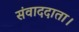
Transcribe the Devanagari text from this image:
संवाददाता।